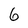
Character: 6